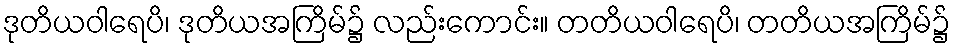
ဒုတိယဝါရေပိ၊ ဒုတိယအကြိမ်၌ လည်းကောင်း။ တတိယဝါရေပိ၊ တတိယအကြိမ်၌